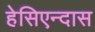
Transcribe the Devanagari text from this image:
हेसिएन्दास